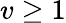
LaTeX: v\ge 1